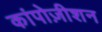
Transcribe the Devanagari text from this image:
कांपोज़ीशन